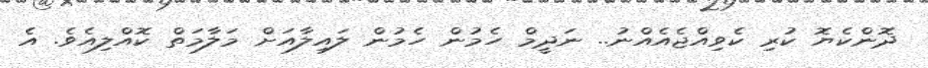
ދޮންކެޔޮ ކުރި ކެވިއްޖެއެއްނު.. ނަދީމް ހެމުން ހެމުން ލައިލާއަށް މަލާމަތް ކޮއްލިއެވެ. އެ